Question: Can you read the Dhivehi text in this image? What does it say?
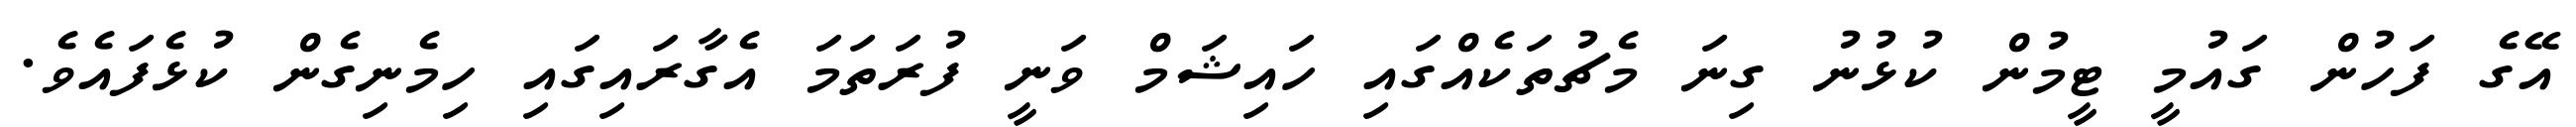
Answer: އޭގެ ފަހުން ގައުމީ ޓީމުން ކުޅުނު ގިނަ މެޗުތަކެއްގައި ހައިޝަމް ވަނީ ފުރަތަމަ އެގާރައިގައި ހިމެނިގެން ކުޅެފައެވެ.